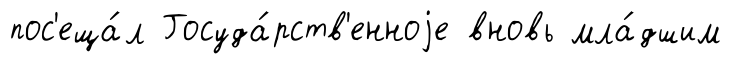
пос'еща́л Госуда́рств'енноjе вновь мла́дшим